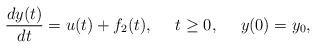
LaTeX: \begin{align*} \frac{dy(t)}{dt}=u(t)+f_{2}(t),\ \ \ \ t\ge 0,\ \ \ \ y(0)=y_{0},\end{align*}